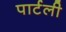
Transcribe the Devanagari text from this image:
पार्टली